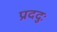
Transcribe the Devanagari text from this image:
प्रददुः